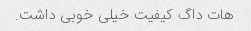
هات داگ کیفیت خیلی خوبی داشت.